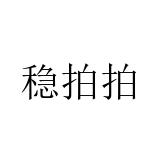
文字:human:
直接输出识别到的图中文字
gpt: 稳拍拍